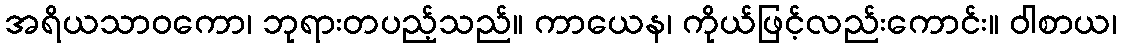
အရိယသာဝကော၊ ဘုရားတပည့်သည်။ ကာယေန၊ ကိုယ်ဖြင့်လည်းကောင်း။ ဝါစာယ၊